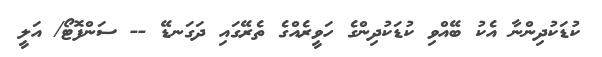
ކުޑަކުދިންނާ އެކު ބޭއްވި ކުޑަކުދިންގެ ހަވީރެއްގެ ތެރޭގައި ދަގަނޑޭ -- ސަންފޮޓޯ/ އަލީ